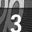
Digit: 3